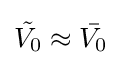
{\tilde {V_{0}}}\approx {\bar {V_{0}}}